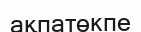
ақпатөкпе